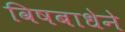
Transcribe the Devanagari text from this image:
विषबाधेने